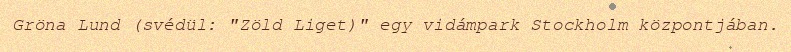
Gröna Lund (svédül: "Zöld Liget)" egy vidámpark Stockholm központjában.